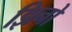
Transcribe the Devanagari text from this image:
झिनो